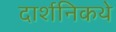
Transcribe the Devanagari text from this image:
दार्शनिकथे